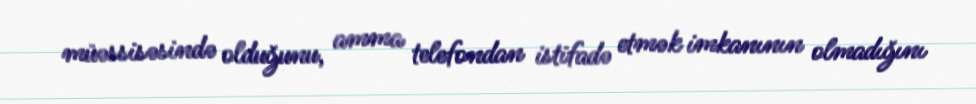
müəssisəsində olduğunu, amma telefondan istifadə etmək imkanının olmadığını